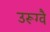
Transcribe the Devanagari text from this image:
उरूग्वै